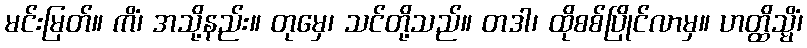
မင်းမြတ်။ ကိံ၊ အသို့နည်း။ တုမှေ၊ သင်တို့သည်။ တဒါ၊ ထိုစစ်ပြိုင်လာမှ။ ဟတ္ထိသ္မိံ၊